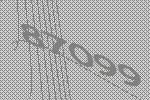
87099